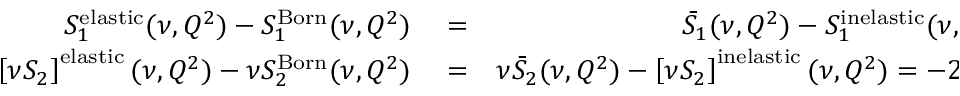
\begin{array} { r l r } { S _ { 1 } ^ { \mathrm { e l a s t i c } } ( \nu , Q ^ { 2 } ) - S _ { 1 } ^ { \mathrm { B o r n } } ( \nu , Q ^ { 2 } ) } & { { } = } & { \bar { S } _ { 1 } ( \nu , Q ^ { 2 } ) - S _ { 1 } ^ { \mathrm { i n e l a s t i c } } ( \nu , Q ^ { 2 } ) = \frac { 2 \pi \alpha } { M } F _ { 2 } ^ { 2 } ( Q ^ { 2 } ) , } \\ { \left[ \nu S _ { 2 } \right] ^ { \mathrm { e l a s t i c } } ( \nu , Q ^ { 2 } ) - \nu S _ { 2 } ^ { \mathrm { B o r n } } ( \nu , Q ^ { 2 } ) } & { { } = } & { \nu \bar { S } _ { 2 } ( \nu , Q ^ { 2 } ) - \left[ \nu S _ { 2 } \right] ^ { \mathrm { i n e l a s t i c } } ( \nu , Q ^ { 2 } ) = - 2 \pi \alpha \, F _ { 2 } ( Q ^ { 2 } ) G _ { M } ( Q ^ { 2 } ) , } \end{array}